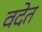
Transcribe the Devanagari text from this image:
वदेत